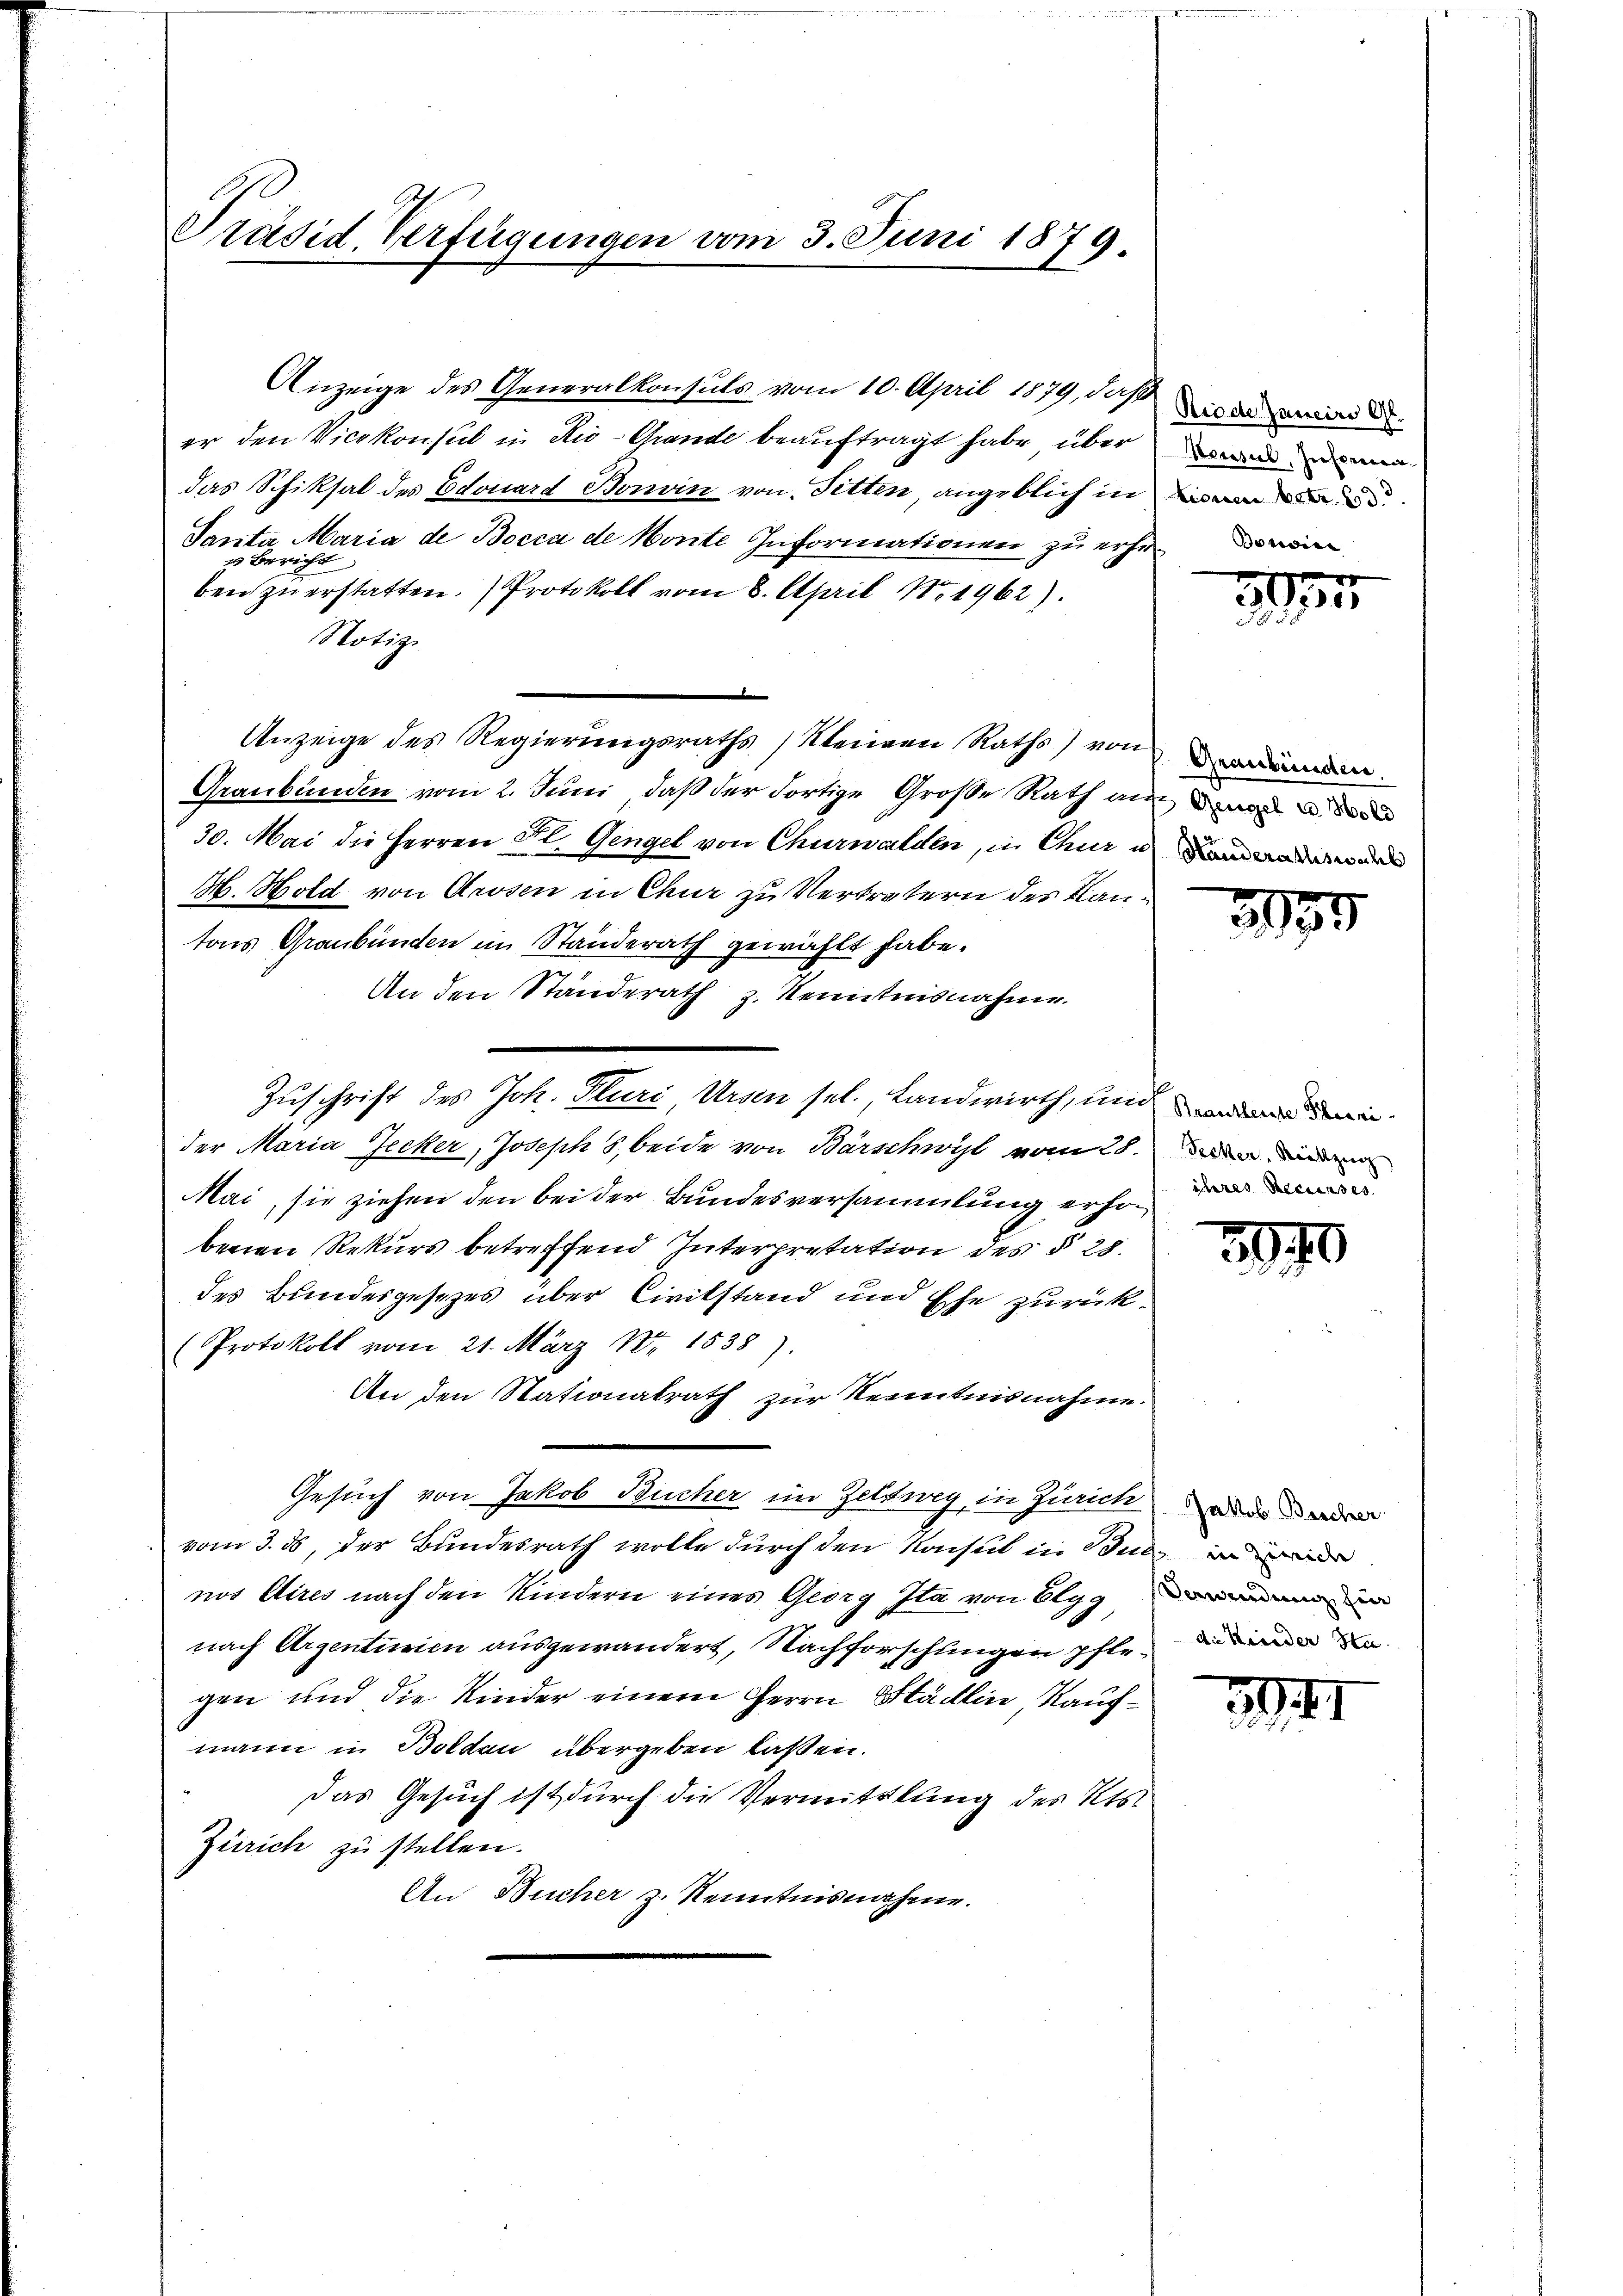
Präsid Verfügungen vom 3. Juni 1879.

er den Vicekonsul in Rio-Grande beauftragt habe über wenn a
das Schiksal des Edouard Bonvin von Fitten, angeblich in de
Tanta Maria de Bocca de Monte Informationen zu erhein
s Bericht
ben zu erstatten. Protokoll vom 8. April N. 1962).
Notiz

Anzeige des Regierungsraths / Kleinen Raths) von anden
Graubünden vom 2. Juni, daß der dortige Große Rath ain de
30. Mai die Herren St. Gengel von Churwalden, in Chur u Fand andere
M. Hold von Arosen in Chur zu Vertretern des Kantons Graubünden im Standerath gewählt habe.
An den Standerath z. Kenntnisnahme.
Zuschrift des Joh. Pluri Arsen sel., Landwirth, und in
der Maria Jecker, Joseph 5, beide von Barschwyl vom 28. Die
Mai, sie ziehen den bei der Bundesversammlung erhörbenen Rekurs betreffend Interpretation des § 28.
des Bundesgesezes über Civilstand und Ehe zurück¬
Protokoll vom 21. März 184 1538).
An den Stationalrath zur Kenntnisnahme.
Gesuch von Jakob Bucher im Zeltweg, in Zürich wider
vom 3. ds, der Bundesrath wolle durch den Konsul in Bul, in de
nos Aires nach den Kindern eines Georg Ita von Elgg
nach Argentinien ausgewandert, Nachforschlingen pfle in de
gen und die Kinder einem Herrn Stadlin Kaufmann in Boldau übergeben laßen.
das Gesuch ist durch die Vermittlung des Kts.
Zürich zu stellen.
An Bücher z. Kenntnisnahme.

Anzeige des Generalkonsuls vom 10. April 1879, daß die der ein

27

3975

ihres Recurses

2070

341